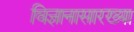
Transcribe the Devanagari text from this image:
विज्ञानासारख्या